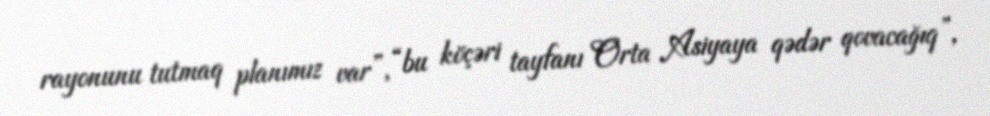
rayonunu tutmaq planımız var”, “bu köçəri tayfanı Orta Asiyaya qədər qovacağıq”,